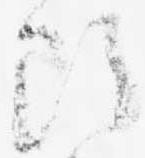
断